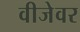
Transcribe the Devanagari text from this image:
वीजेवर